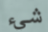
شيء